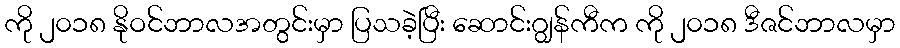
ကို ၂၀၁၈ နိုဝင်ဘာလအတွင်းမှာ ပြသခဲ့ပြီး ဆောင်းဂျွန်ကီက ကို ၂၀၁၈ ဒီဇင်ဘာလမှာ